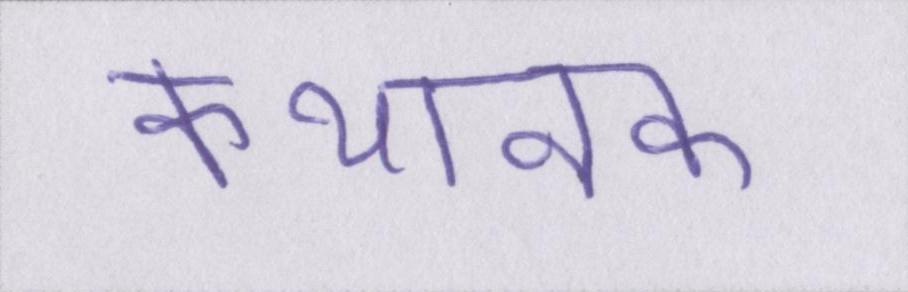
कथानक